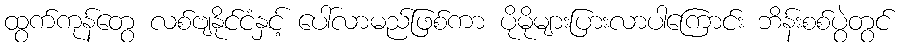
ထွက်ကုန်တွေ လစ်ဗျနိုင်ငံနှင့် ပေါ်လာမည်ဖြစ်ကာ ပိုမိုများပြားလာပါကြောင်း ဘိန်းစစ်ပွဲတွင်